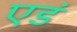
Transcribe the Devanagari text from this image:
एडं